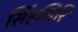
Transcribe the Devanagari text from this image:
सिंहगिरि